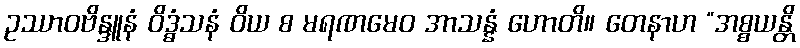
ဥဿာဝဗိန္ဒူနံ ဝိဒ္ဓံသနံ ဝိယ စ မရဏမေဝ အာသန္နံ ဟောတိ။ တေနာဟ “အစ္စယန္တိ